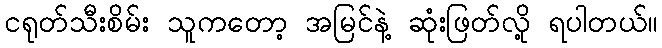
ငရုတ်သီးစိမ်း သူကတော့ အမြင်နဲ့ ဆုံးဖြတ်လို့ ရပါတယ်။